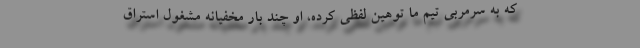
که به سرمربی تیم ما توهین لفظی کرده، او چند بار مخفیانه مشغول استراق